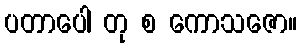
ပတာပေါ တု စ ကောသဇော။